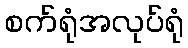
စက်ရုံအလုပ်ရုံ